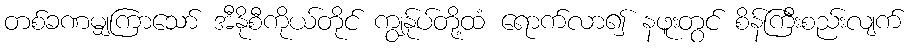
တစ်ခဏမျှကြာသော် အီနိုစီကိုယ်တိုင် ကျွန်ုပ်တို့ထံ ရောက်လာ၍ နဖူးတွင် စိန်ကြီးစည်းလျက်